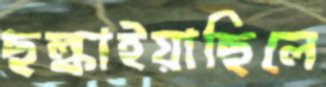
ছল্‌কাইয়াছিলে